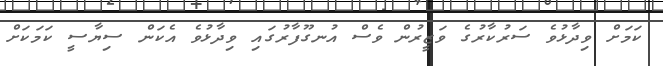
ކަމަށް ވިދާޅުވެ ސަރުކާރުގެ ވަޒީރުން ވެސް އުނގޫފާރުގައި ވިދާޅުވެ އެކަން ސިޔާސީ ކަމަކަށް